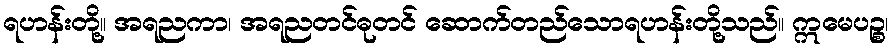
ရဟန်းတို့။ အရညကာ၊ အရညတင်ဓုတင် ဆောက်တည်သောရဟန်းတို့သည်။ ဣမေပဉ္စ၊